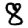
Digit: 8